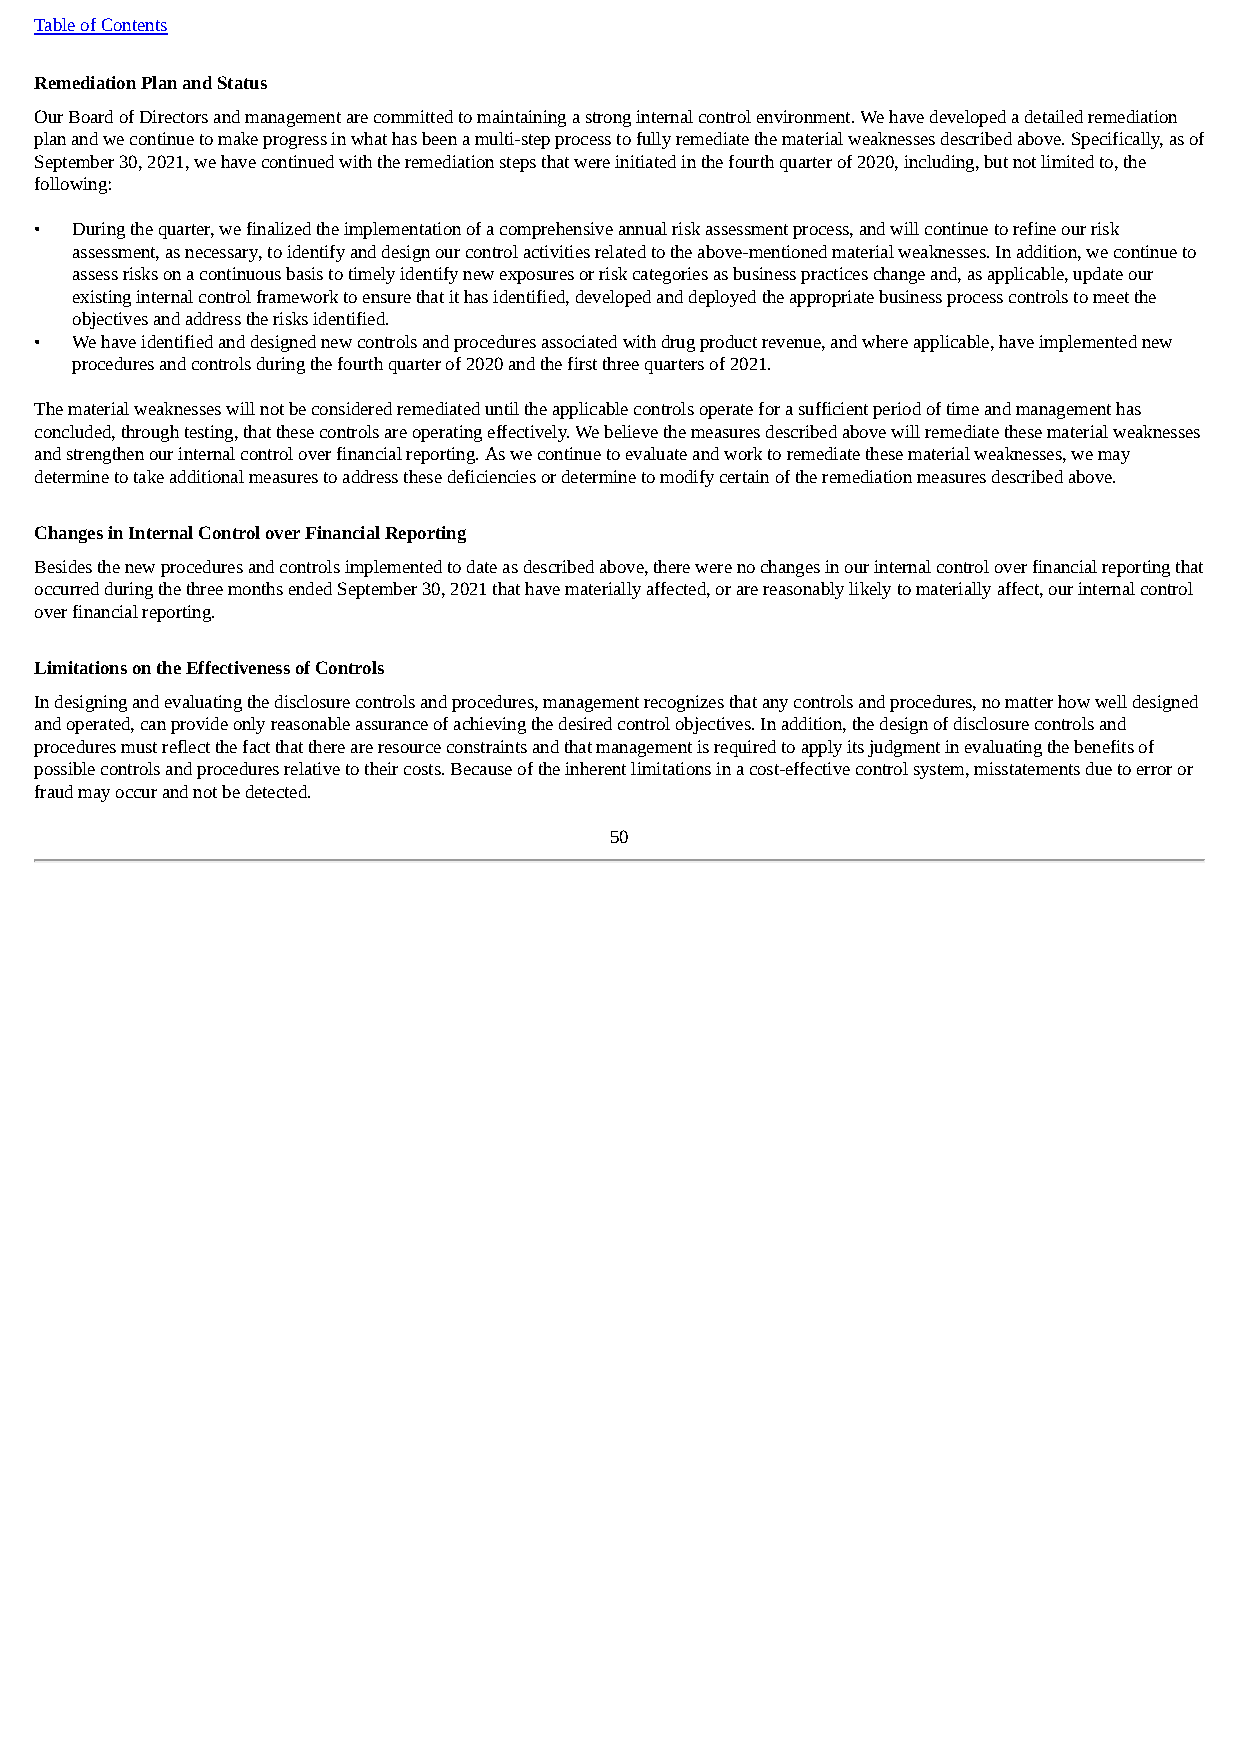
Table of Contents
 Remediation Plan and Status
 Our Board of Directors and management are committed to maintaining a strong internal control environment. We have developed a detailed remediation
 plan and we continue to make progress in what has been a multi-step process to fully remediate the material weaknesses described above. Specifically, as of
 September 30, 2021, we have continued with the remediation steps that were initiated in the fourth quarter of 2020, including, but not limited to, the
 following:
 •  During the quarter, we finalized the implementation of a comprehensive annual risk assessment process, and will continue to refine our risk
 assessment, as necessary, to identify and design our control activities related to the above-mentioned material weaknesses. In addition, we continue to
 assess risks on a continuous basis to timely identify new exposures or risk categories as business practices change and, as applicable, update our
 existing internal control framework to ensure that it has identified, developed and deployed the appropriate business process controls to meet the
 objectives and address the risks identified.
 •  We have identified and designed new controls and procedures associated with drug product revenue, and where applicable, have implemented new
 procedures and controls during the fourth quarter of 2020 and the first three quarters of 2021.
 The material weaknesses will not be considered remediated until the applicable controls operate for a sufficient period of time and management has
 concluded, through testing, that these controls are operating effectively. We believe the measures described above will remediate these material weaknesses
 and strengthen our internal control over financial reporting. As we continue to evaluate and work to remediate these material weaknesses, we may
 determine to take additional measures to address these deficiencies or determine to modify certain of the remediation measures described above.
 Changes in Internal Control over Financial Reporting
 Besides the new procedures and controls implemented to date as described above, there were no changes in our internal control over financial reporting that
 occurred during the three months ended September 30, 2021 that have materially affected, or are reasonably likely to materially affect, our internal control
 over financial reporting.
 Limitations on the Effectiveness of Controls
 In designing and evaluating the disclosure controls and procedures, management recognizes that any controls and procedures, no matter how well designed
 and operated, can provide only reasonable assurance of achieving the desired control objectives. In addition, the design of disclosure controls and
 procedures must reflect the fact that there are resource constraints and that management is required to apply its judgment in evaluating the benefits of
 possible controls and procedures relative to their costs. Because of the inherent limitations in a cost-effective control system, misstatements due to error or
 fraud may occur and not be detected.
 50